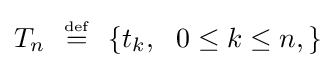
T_{n}\ \ {\overset {\underset {\mathrm {def} }{}}{=}}\ \ \{t_{k},\ \ 0\leq k\leq n,\}